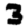
Digit: 3